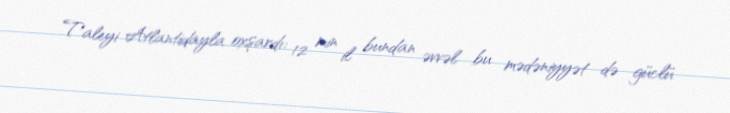
Taleyi Atlantidayla oxşardı: 12 min il bundan əvvəl bu mədəniyyət də güclü